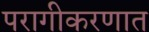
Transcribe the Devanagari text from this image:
परागीकरणात